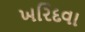
ખરિદવા